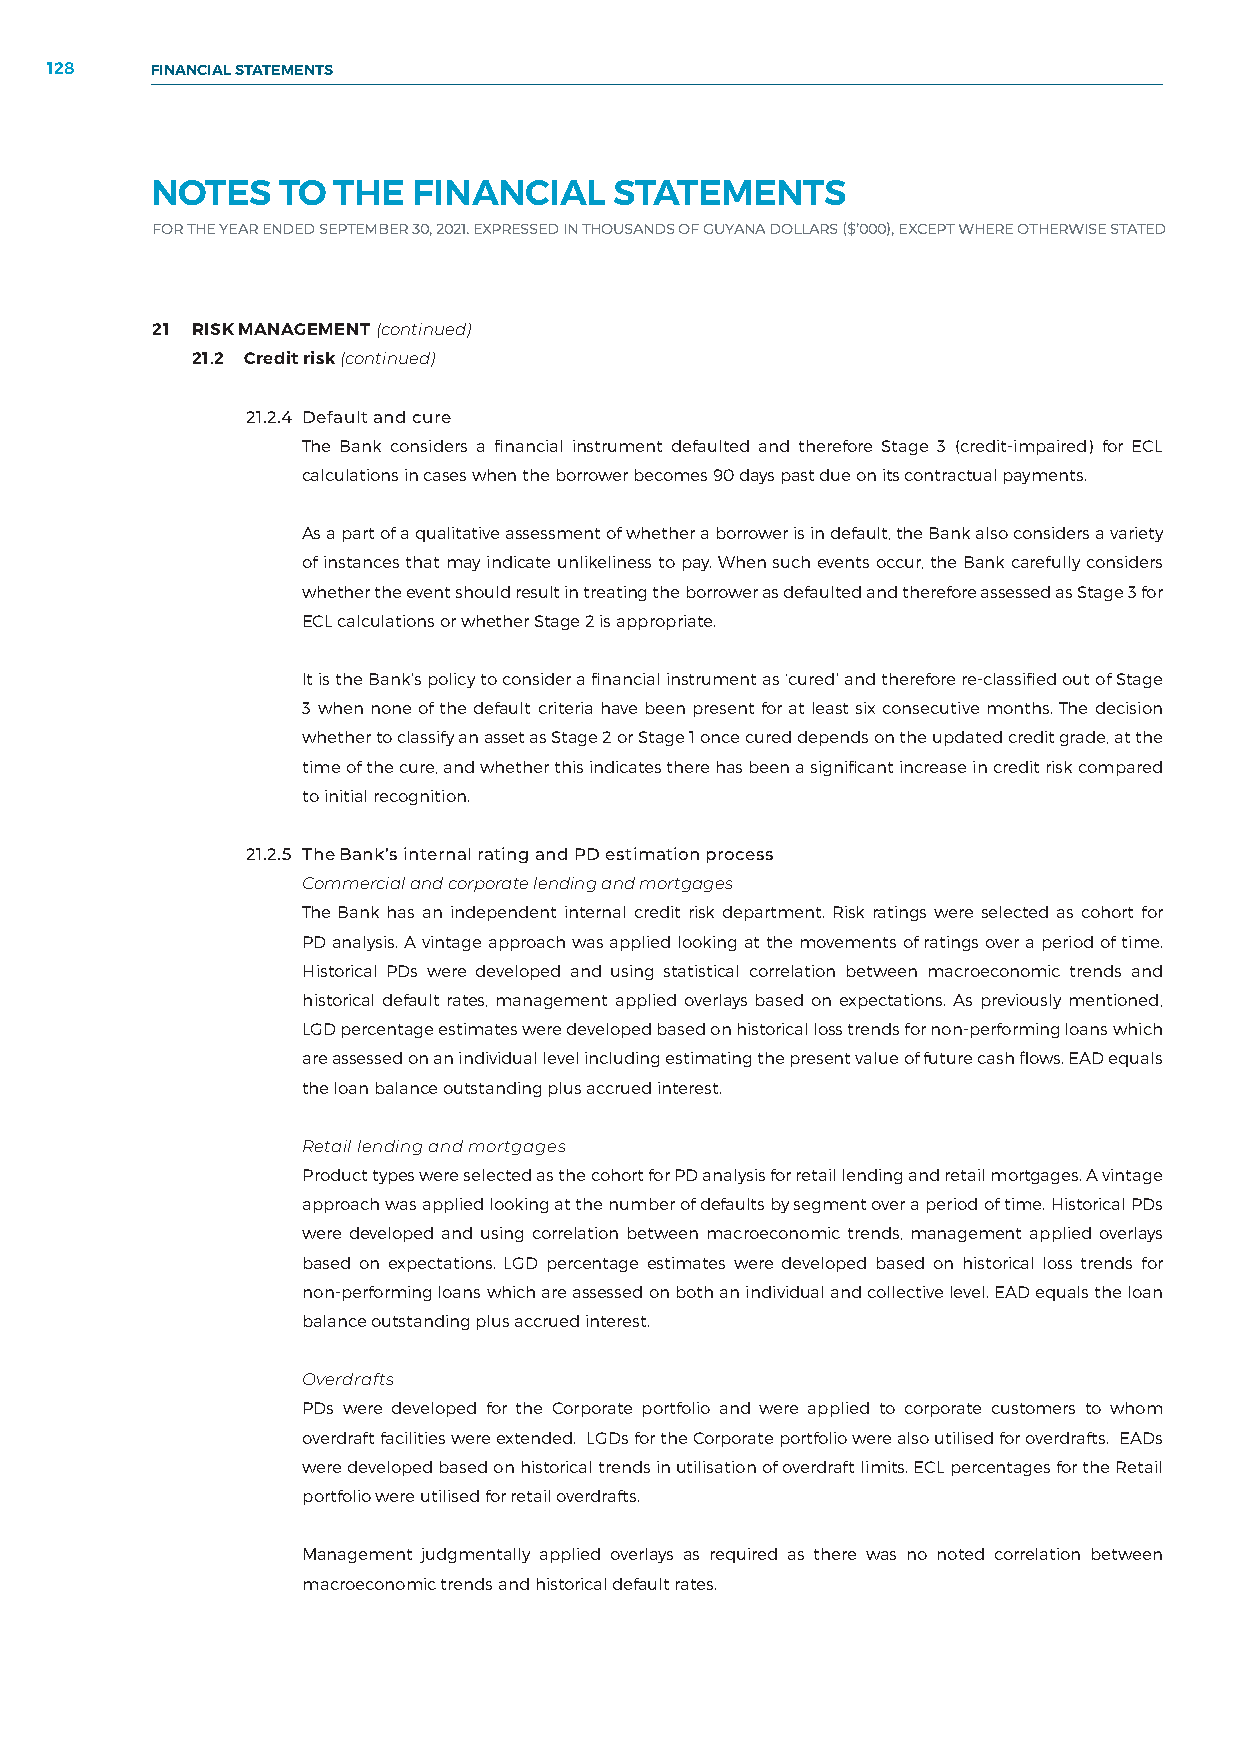
128    FINANCIAL STATEMENTS
 NOTES   TO  THE  FINANCIAL     STATEMENTS
 FOR THE YEAR ENDED SEPTEMBER 30, 2021. EXPRESSED IN THOUSANDS OF GUYANA DOLLARS ($’000), EXCEPT WHERE OTHERWISE STATED
 21 RISK MANAGEMENT (continued)
 21.2 Credit risk (continued)
 21.2.4 Default and cure
 The Bank considers a financial instrument defaulted and therefore Stage 3 (credit-impaired) for ECL
 calculations in cases when the borrower becomes 90 days past due on its contractual payments.
 As a part of a qualitative assessment of whether a borrower is in default, the Bank also considers a variety
 of instances that may indicate unlikeliness to pay. When such events occur, the Bank carefully considers
 whether the event should result in treating the borrower as defaulted and therefore assessed as Stage 3 for
 ECL calculations or whether Stage 2 is appropriate.
 It is the Bank’s policy to consider a financial instrument as ‘cured’ and therefore re-classified out of Stage
 3 when none of the default criteria have been present for at least six consecutive months. The decision
 whether to classify an asset as Stage 2 or Stage 1 once cured depends on the updated credit grade, at the
 time of the cure, and whether this indicates there has been a significant increase in credit risk compared
 to initial recognition.
 21.2.5 The Bank’s internal rating and PD estimation process
 Commercial and corporate lending and mortgages
 The Bank has an independent internal credit risk department. Risk ratings were selected as cohort for
 PD analysis. A vintage approach was applied looking at the movements of ratings over a period of time.
 Historical PDs were developed and using statistical correlation between macroeconomic trends and
 historical default rates, management applied overlays based on expectations. As previously mentioned,
 LGD percentage estimates were developed based on historical loss trends for non-performing loans which
 are assessed on an individual level including estimating the present value of future cash flows. EAD equals
 the loan balance outstanding plus accrued interest.
 Retail lending and mortgages
 Product types were selected as the cohort for PD analysis for retail lending and retail mortgages. A vintage
 approach was applied looking at the number of defaults by segment over a period of time. Historical PDs
 were developed and using correlation between macroeconomic trends, management applied overlays
 based on expectations. LGD percentage estimates were developed based on historical loss trends for
 non-performing loans which are assessed on both an individual and collective level. EAD equals the loan
 balance outstanding plus accrued interest.
 Overdrafts
 PDs were developed for the Corporate portfolio and were applied to corporate customers to whom
 overdraft facilities were extended. LGDs for the Corporate portfolio were also utilised for overdrafts. EADs
 were developed based on historical trends in utilisation of overdraft limits. ECL percentages for the Retail
 portfolio were utilised for retail overdrafts.
 Management judgmentally applied overlays as required as there was no noted correlation between
 macroeconomic trends and historical default rates.